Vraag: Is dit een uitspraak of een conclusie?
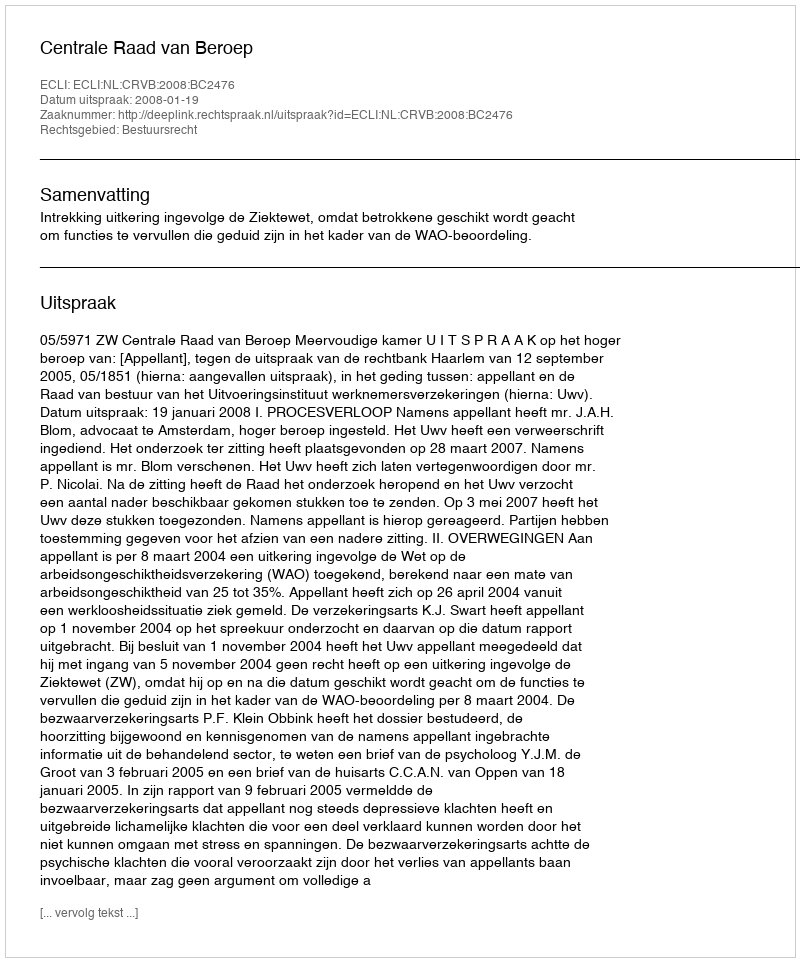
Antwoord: Uitspraak